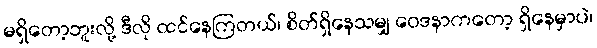
မရှိတော့ဘူးလို့ ဒီလို ထင်နေကြတယ်၊ စိတ်ရှိနေသမျှ ဝေဒနာကတော့ ရှိနေမှာပဲ၊